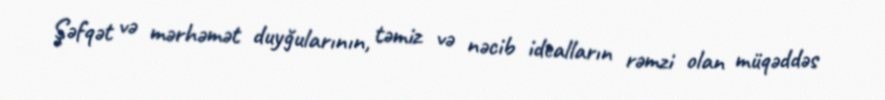
Şəfqət və mərhəmət duyğularının, təmiz və nəcib idealların rəmzi olan müqəddəs